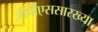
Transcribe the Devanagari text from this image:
जीपीएससारख्या